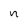
Character: n